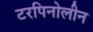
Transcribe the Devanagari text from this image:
टरपिनोलीन